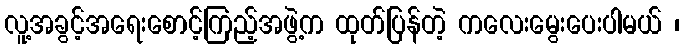
လူ့အခွင့်အရေးစောင့်ကြည့်အဖွဲ့က ထုတ်ပြန်တဲ့ ကလေးမွေးပေးပါမယ် ၊